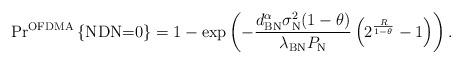
LaTeX: \begin{align*}&\textrm{Pr}^{\textrm{OFDMA}}\left\lbrace \textrm{NDN=0}\right\rbrace =1-\exp \left(-\frac{d_{\textrm{BN}}^{\alpha} \sigma_{\textrm{N}}^{2}(1-\theta)}{\lambda_{\textrm{BN}} P_{\textrm{N}}}\left(2^{\frac{R}{1-\theta}}-1\right)\right).\end{align*}